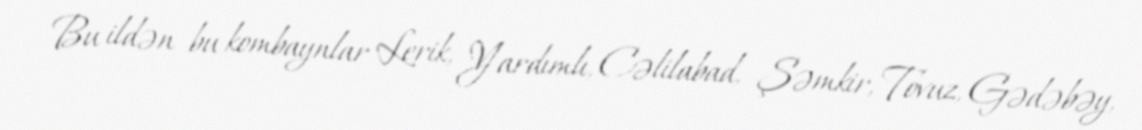
Bu ildən bu kombaynlar Lerik, Yardımlı, Cəlilabad, Şəmkir, Tovuz, Gədəbəy,